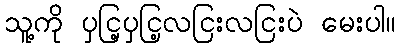
သူ့ကို ပှငြ့ပှငြ့လငြးလငြးပဲ မေးပါ။